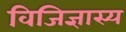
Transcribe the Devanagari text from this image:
विजिज्ञास्य